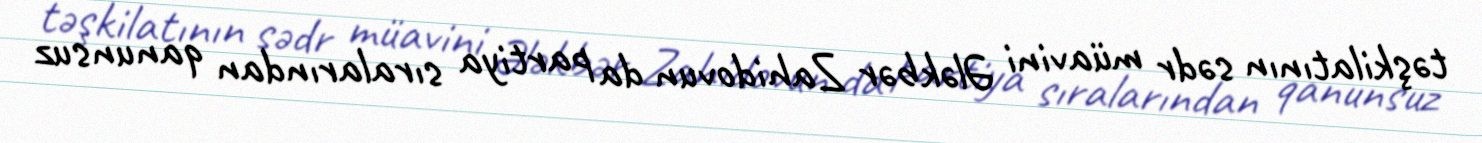
təşkilatının sədr müavini Ələkbər Zahidovun da partiya sıralarından qanunsuz